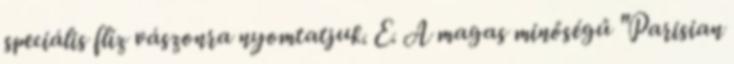
speciális flíz vászonra nyomtatjuk. E. A magas minőségű "Parisian